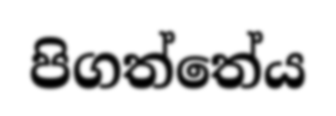
පිගත්තේය